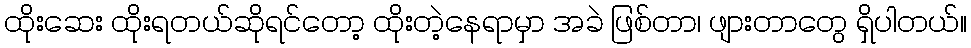
ထိုးဆေး ထိုးရတယ်ဆိုရင်တော့ ထိုးတဲ့နေရာမှာ အခဲ ဖြစ်တာ၊ ဖျားတာတွေ ရှိပါတယ်။